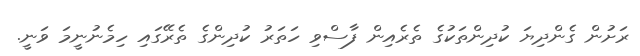
ރަށުން ގެންދިޔަ ކުދިންތަކުގެ ތެރެއިން ފާސްވި ހަތަރު ކުދިންގެ ތެރޭގައި ހިމެނުނީމަ ވަނީ.